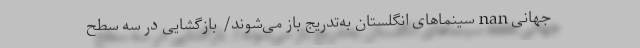
جهانی nan سینماهای انگلستان به‌تدریج باز می‌شوند/ بازگشایی در سه سطح